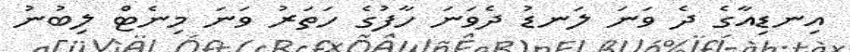
އިނޑިއާގެ ދެ ވަނަ ލަނޑު ދެވަނަ ހާފުގެ ހަތަރު ވަނަ މިނެޓް ލިބުނު